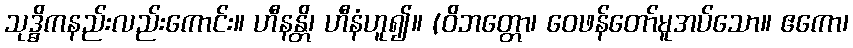
သုဒ္ဓိကနည်းလည်းကောင်း။ ဟီနန္တိ၊ ဟီနံဟူ၍။ (ဝိဘတ္တော၊ ဝေဖန်တော်မူအပ်သော။ ဧကော၊